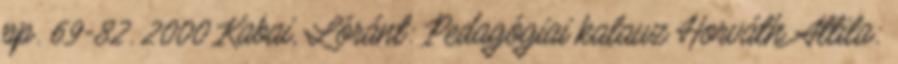
pp. 69-82. 2000 Kabai, Lóránt: Pedagógiai kalauz Horváth Attila: